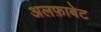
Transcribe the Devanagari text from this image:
अलफ़ाबेट